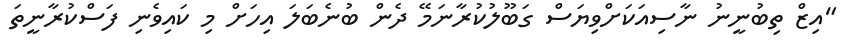
"އިޒް ތިބުނީނު ނާސިއަކަށްވިޔަސް ގަބޫލުކުރާނަމޭ ދެން ބުނެބަލަ އިހަށް މި ކައިވެނި ފަސްކުރާނީތަ